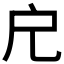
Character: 𢨤